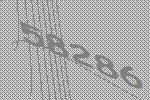
58286